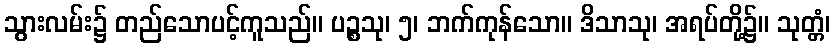
သွားလမ်း၌ တည်သောပင့်ကူသည်။ ပဉ္စသု၊ ၅၊ ဘက်ကုန်သော။ ဒိသာသု၊ အရပ်တို့၌။ သုတ္တံ၊